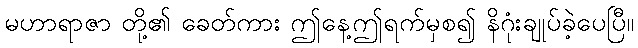
မဟာရာဇာ တို့၏ ခေတ်ကား ဤနေ့ဤရက်မှစ၍ နိဂုံးချုပ်ခဲ့ပေပြီ။